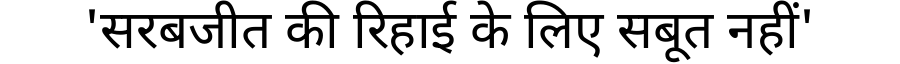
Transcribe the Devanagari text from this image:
'सरबजीत की रिहाई के लिए सबूत नहीं'